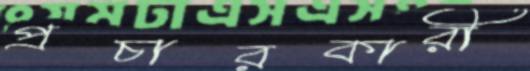
প্রচারকারী